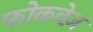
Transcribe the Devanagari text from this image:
फोकवेज़